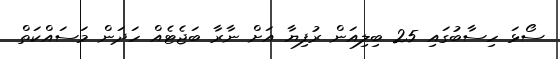
ސޯޅަ ހިސާބުގައި 25 ބިލިއަން ރުފިޔާ އަށް ނާރާ ބަޖެޓެއް ހަދަން މަސައްކަތް